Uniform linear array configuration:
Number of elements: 24
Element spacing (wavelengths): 0.5
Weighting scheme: binomial
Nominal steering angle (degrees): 0
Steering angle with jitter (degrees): -0.5373
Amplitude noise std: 0.05
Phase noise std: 0.05

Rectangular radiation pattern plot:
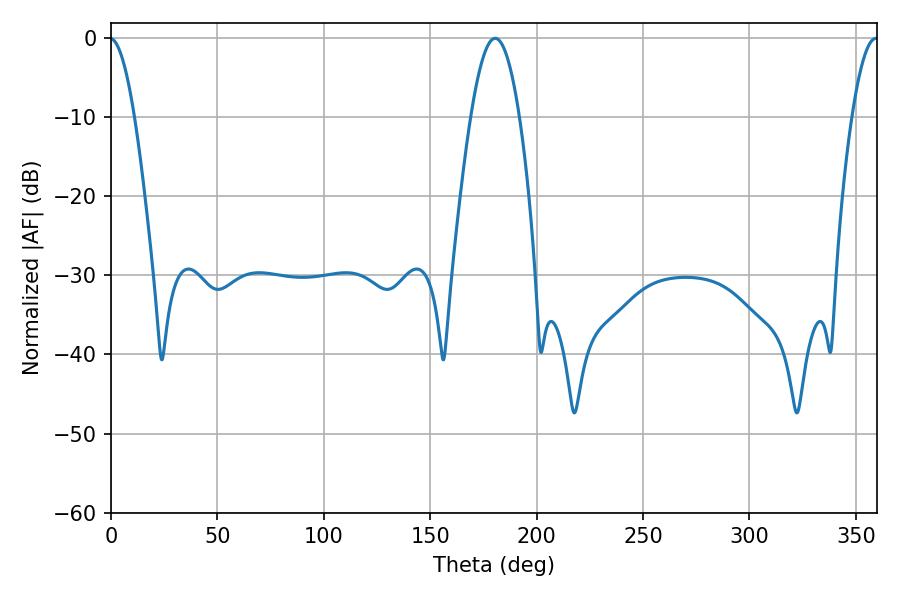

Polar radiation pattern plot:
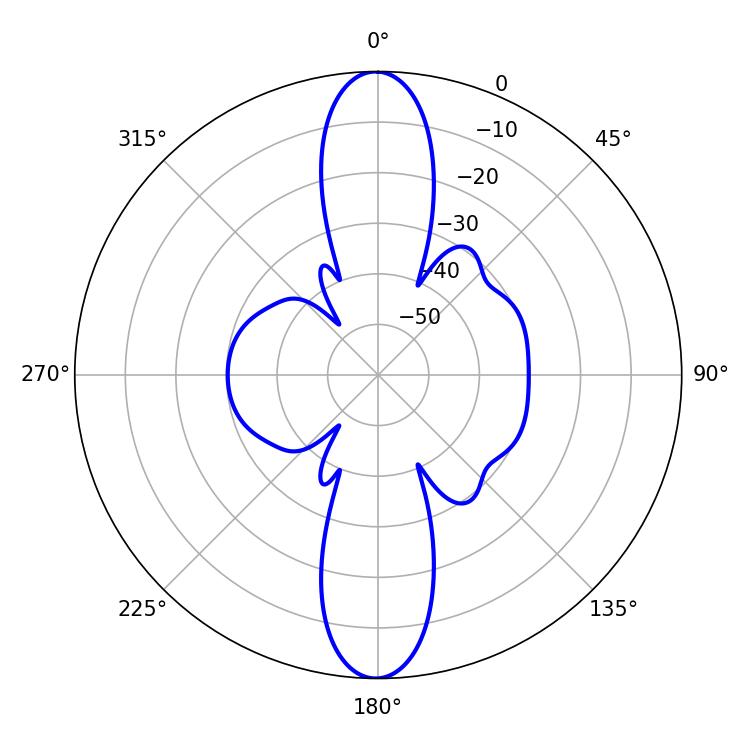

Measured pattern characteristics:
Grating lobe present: FALSE
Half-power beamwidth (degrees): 12.42
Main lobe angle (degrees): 180.54